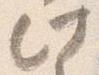
此